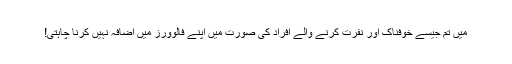
میں تم جیسے خوفناک اور نفرت کرنے والے افراد کی صورت میں اپنے فالوورز میں اضافہ نہیں کرنا چاہتی!